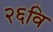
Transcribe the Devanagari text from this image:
२६वि